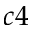
c 4